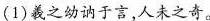
(1)羲之幼讷于言,人未之奇。